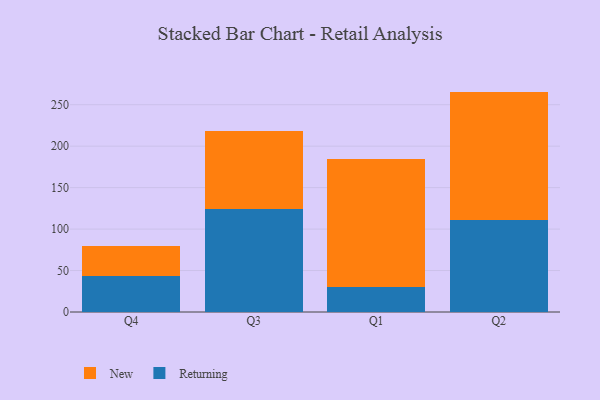
{"axis": {"x": "Quarter", "y": "Satisfaction Score"}, "legend": ["New", "Returning"], "data": [{"x": "Q4", "y": 43.7, "type": "Returning"}, {"x": "Q4", "y": 35.6, "type": "New"}, {"x": "Q3", "y": 124.8, "type": "Returning"}, {"x": "Q3", "y": 93.8, "type": "New"}, {"x": "Q1", "y": 30.2, "type": "Returning"}, {"x": "Q1", "y": 154.4, "type": "New"}, {"x": "Q2", "y": 111.4, "type": "Returning"}, {"x": "Q2", "y": 154.4, "type": "New"}]}